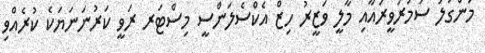
މަންގަލަ ސަމަރަވީރައާއި މާލީ ވަޒީރު ހިޒް އެކްސެލަންސީ މިސްޓަރ ރަވީ ކަރުނަނަޔަކެ ކުރެއްވި